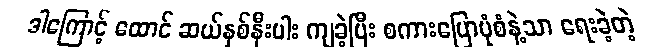
ဒါကြောင့် ထောင် ဆယ်နှစ်နီးပါး ကျခဲ့ပြီး စကားပြောပုံစံနဲ့သာ ရေးခဲ့တဲ့